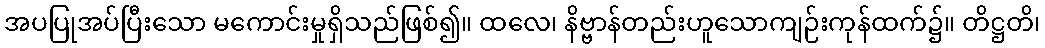
အပပြုအပ်ပြီးသော မကောင်းမှုရှိသည်ဖြစ်၍။ ထလေ၊ နိဗ္ဗာန်တည်းဟူသောကျဉ်းကုန်ထက်၌။ တိဋ္ဌတိ၊